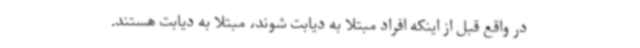
در واقع قبل از اینکه افراد مبتلا به دیابت شوند، مبتلا به دیابت هستند.